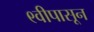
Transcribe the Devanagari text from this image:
९वीपासून